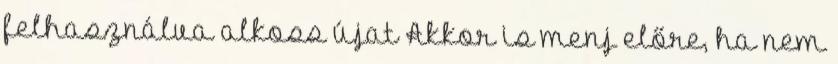
felhasználva alkoss újat Akkor is menj előre, ha nem